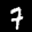
Label: 7